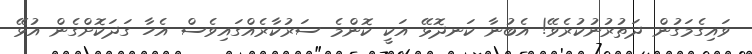
ވައިގެމަގުން ދަތުރުނުކުރެވޭ! އެބުނާ ކަނދޮޅޭ އަކީ ކޮންމެ ސަރުކާރެއްގައިވެސް އެހާ ގަދަކޮށްގެން އުޅޭ